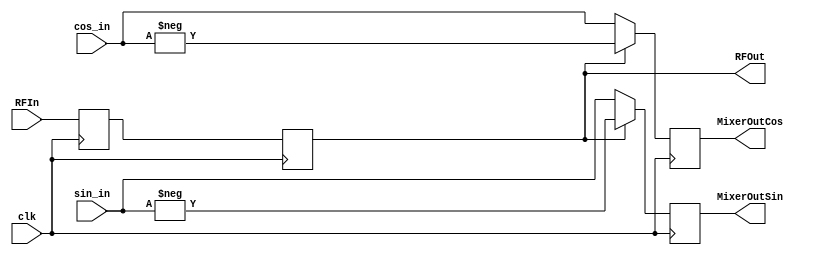

module Mixer
(clk,
RFIn,
sin_in,
cos_in,
RFOut,
MixerOutSin,
MixerOutCos
);


input clk;
input signed [7:0] sin_in;
input signed [7:0] cos_in;
input RFIn;
output RFOut;
output reg signed [7:0] MixerOutSin;
output reg signed [7:0] MixerOutCos;
reg  RFInR1 = 1'b1;
reg  RFInR = 1'b1;

always @(posedge clk)
	begin 
		RFInR1 <= RFIn;
		RFInR <= RFInR1;	
	end

assign RFOut = RFInR;

always @(posedge clk)
	begin
		if (RFInR == 1'b 0)
			begin
				MixerOutSin <= sin_in;
				MixerOutCos <= cos_in;
			end
			else
				begin
				MixerOutSin <= -sin_in;
				MixerOutCos <= -cos_in;				
				
				end
	end


/*
always @(posedge clk)
	begin
		if (RFInR == 1'b 0)
			if (sin_in[1] == 1'b 0)
				MixerOutSin <=  64'b 1;
			else
				MixerOutSin <= 64'h ffff_ffff_ffff_ffff;
		else
			if (sin_in[1] == 1'b 0)
				MixerOutSin <= 64'b 1;
			else
				MixerOutSin <=  64'h ffff_ffff_ffff_ffff;	
				
		if (RFInR == 1'b 0)
			if (cos_in[1] == 1'b 0)
				MixerOutCos <=  64'b 1;
			else
				MixerOutCos <= 64'h ffff_ffff_ffff_ffff;
		else
			if (cos_in[1] == 1'b 0)
				MixerOutCos <= 64'b 1;
			else
				MixerOutCos <= 64'h ffff_ffff_ffff_ffff;	
	end

*/




endmodule